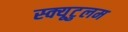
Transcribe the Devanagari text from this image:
स्क्यूटुलम